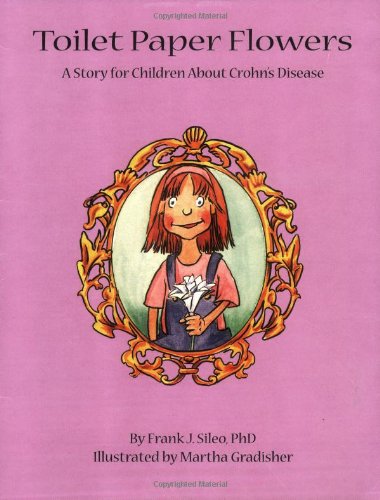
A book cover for Toilet Paper Flowers: A Story for Children about Crohn's Disease; Frank J. Sileo PhD; Health, Fitness & Dieting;